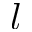
l